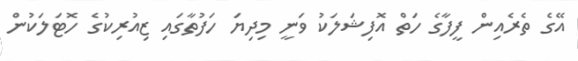
އޭގެ ތެރެއިން ފީފާގެ ހަތް އޮފިޝަލަކު ވަނީ މިދިޔަ ހަފުތާގައި ޒިއުރިކުގެ ހޮޓަލަކުން